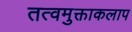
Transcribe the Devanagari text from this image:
तत्वमुक्ताकलाप